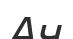
Ач